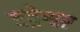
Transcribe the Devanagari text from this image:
बद्रेश्वर